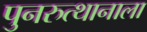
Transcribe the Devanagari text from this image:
पुनरुत्थानाला